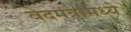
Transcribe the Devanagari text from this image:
वेदमंत्रांमध्ये